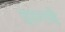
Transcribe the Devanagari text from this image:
सुदामहि